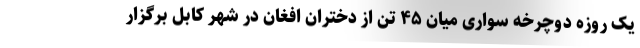
یک روزه دوچرخه سواری میان ۴۵ تن از دختران افغان در شهر کابل برگزار